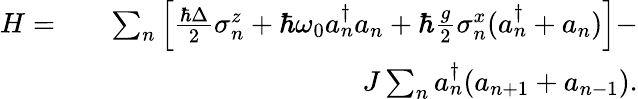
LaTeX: \begin{array}{rlr}{H=}&{}&{\sum_{n}\left[\frac{\hbar\Delta}{2}\sigma_{n}^{z}+\hbar\omega_{0}a_{n}^{\dagger}a_{n}+\hbar\frac{g}{2}\sigma_{n}^{x}(a_{n}^{\dagger}+a_{n})\right]-}\\ &{}&{J\sum_{n}a_{n}^{\dagger}(a_{n+1}+a_{n-1}).}\end{array}